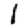
Digit: 1